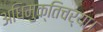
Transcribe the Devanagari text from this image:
अधिमुक्तिचर्या।